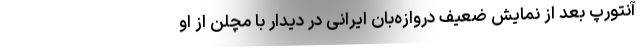
آنتورپ بعد از نمایش ضعیف دروازه‌بان ایرانی در دیدار با مچلن از او